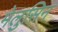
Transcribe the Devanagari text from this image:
मेलुसिन